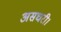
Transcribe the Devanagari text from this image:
असघरी।